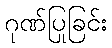
ဂုဏ်ပြုခြင်း